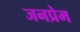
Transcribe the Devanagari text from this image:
जनप्रेम